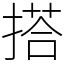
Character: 搭